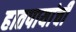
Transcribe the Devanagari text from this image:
हातपायांची